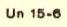
Un 15-6